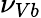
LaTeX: \nu_{Vb}